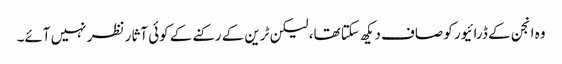
وہ انجن کے ڈرائیور کو صاف دیکھ سکتا تھا، لیکن ٹرین کے رکنے کے کوئی آثار نظر نہیں آئے۔